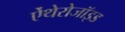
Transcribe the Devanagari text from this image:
ऐंथेरोजॉइड